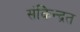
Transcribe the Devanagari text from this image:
संकेिन्द्रत